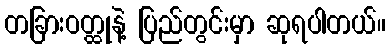
တခြားဝတ္ထုနဲ့ ပြည်တွင်းမှာ ဆုရပါတယ်။